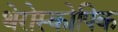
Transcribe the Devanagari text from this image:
थेरोस्कोपिक